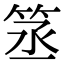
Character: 䇰